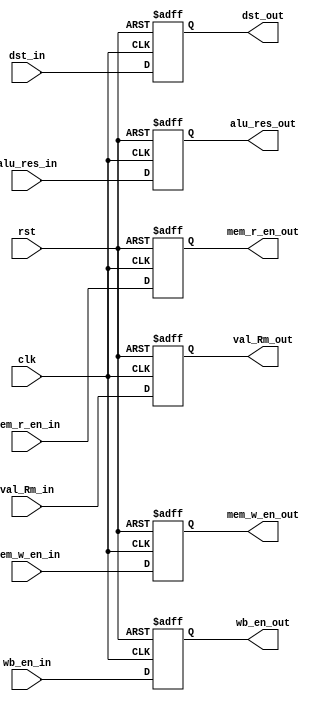
`timescale 1ps/1ps
module EXE_MEM_Reg(input clk,input rst,input wb_en_in,input mem_r_en_in,input mem_w_en_in,
input[31:0]alu_res_in,input[31:0]val_Rm_in,input[3:0]dst_in,
output reg wb_en_out,output reg mem_r_en_out,output reg mem_w_en_out,output reg[31:0]alu_res_out,
output reg[31:0]val_Rm_out,output reg[3:0]dst_out);

  always@(posedge clk, posedge rst)
	begin
	  if(rst) begin
	   wb_en_out <= 1'b0;
     mem_r_en_out <= 1'b0;
     mem_w_en_out <= 1'b0;
     alu_res_out <= 32'b0;
     val_Rm_out <= 32'b0;
     dst_out <= 4'b0;
	  end
	  else begin
      wb_en_out <= wb_en_in;
      mem_r_en_out <= mem_r_en_in;
      mem_w_en_out <= mem_w_en_in;
      alu_res_out <= alu_res_in;
      val_Rm_out <= val_Rm_in;
      dst_out <= dst_in;
	   end
	end	
endmodule